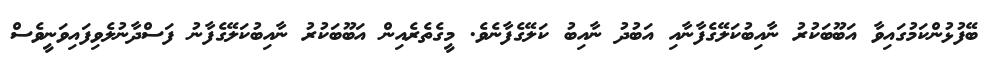
ބޭފުޅުންކަމުގައިވާ އަބޫބަކުރު ނާއިބުކަލޭގެފާނާއި އަބުދު ނާއިބު ކަލޭގެފާނެވެ. މީގެތެރެއިން އަބޫބަކުރު ނާއިބުކަލޭގެފާނު ފަސްދާނުލެވިފައިވަނީވެސް